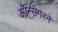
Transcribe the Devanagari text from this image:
ऑन्सेगरने